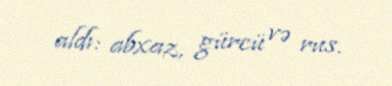
aldı: abxaz, gürcü və rus.